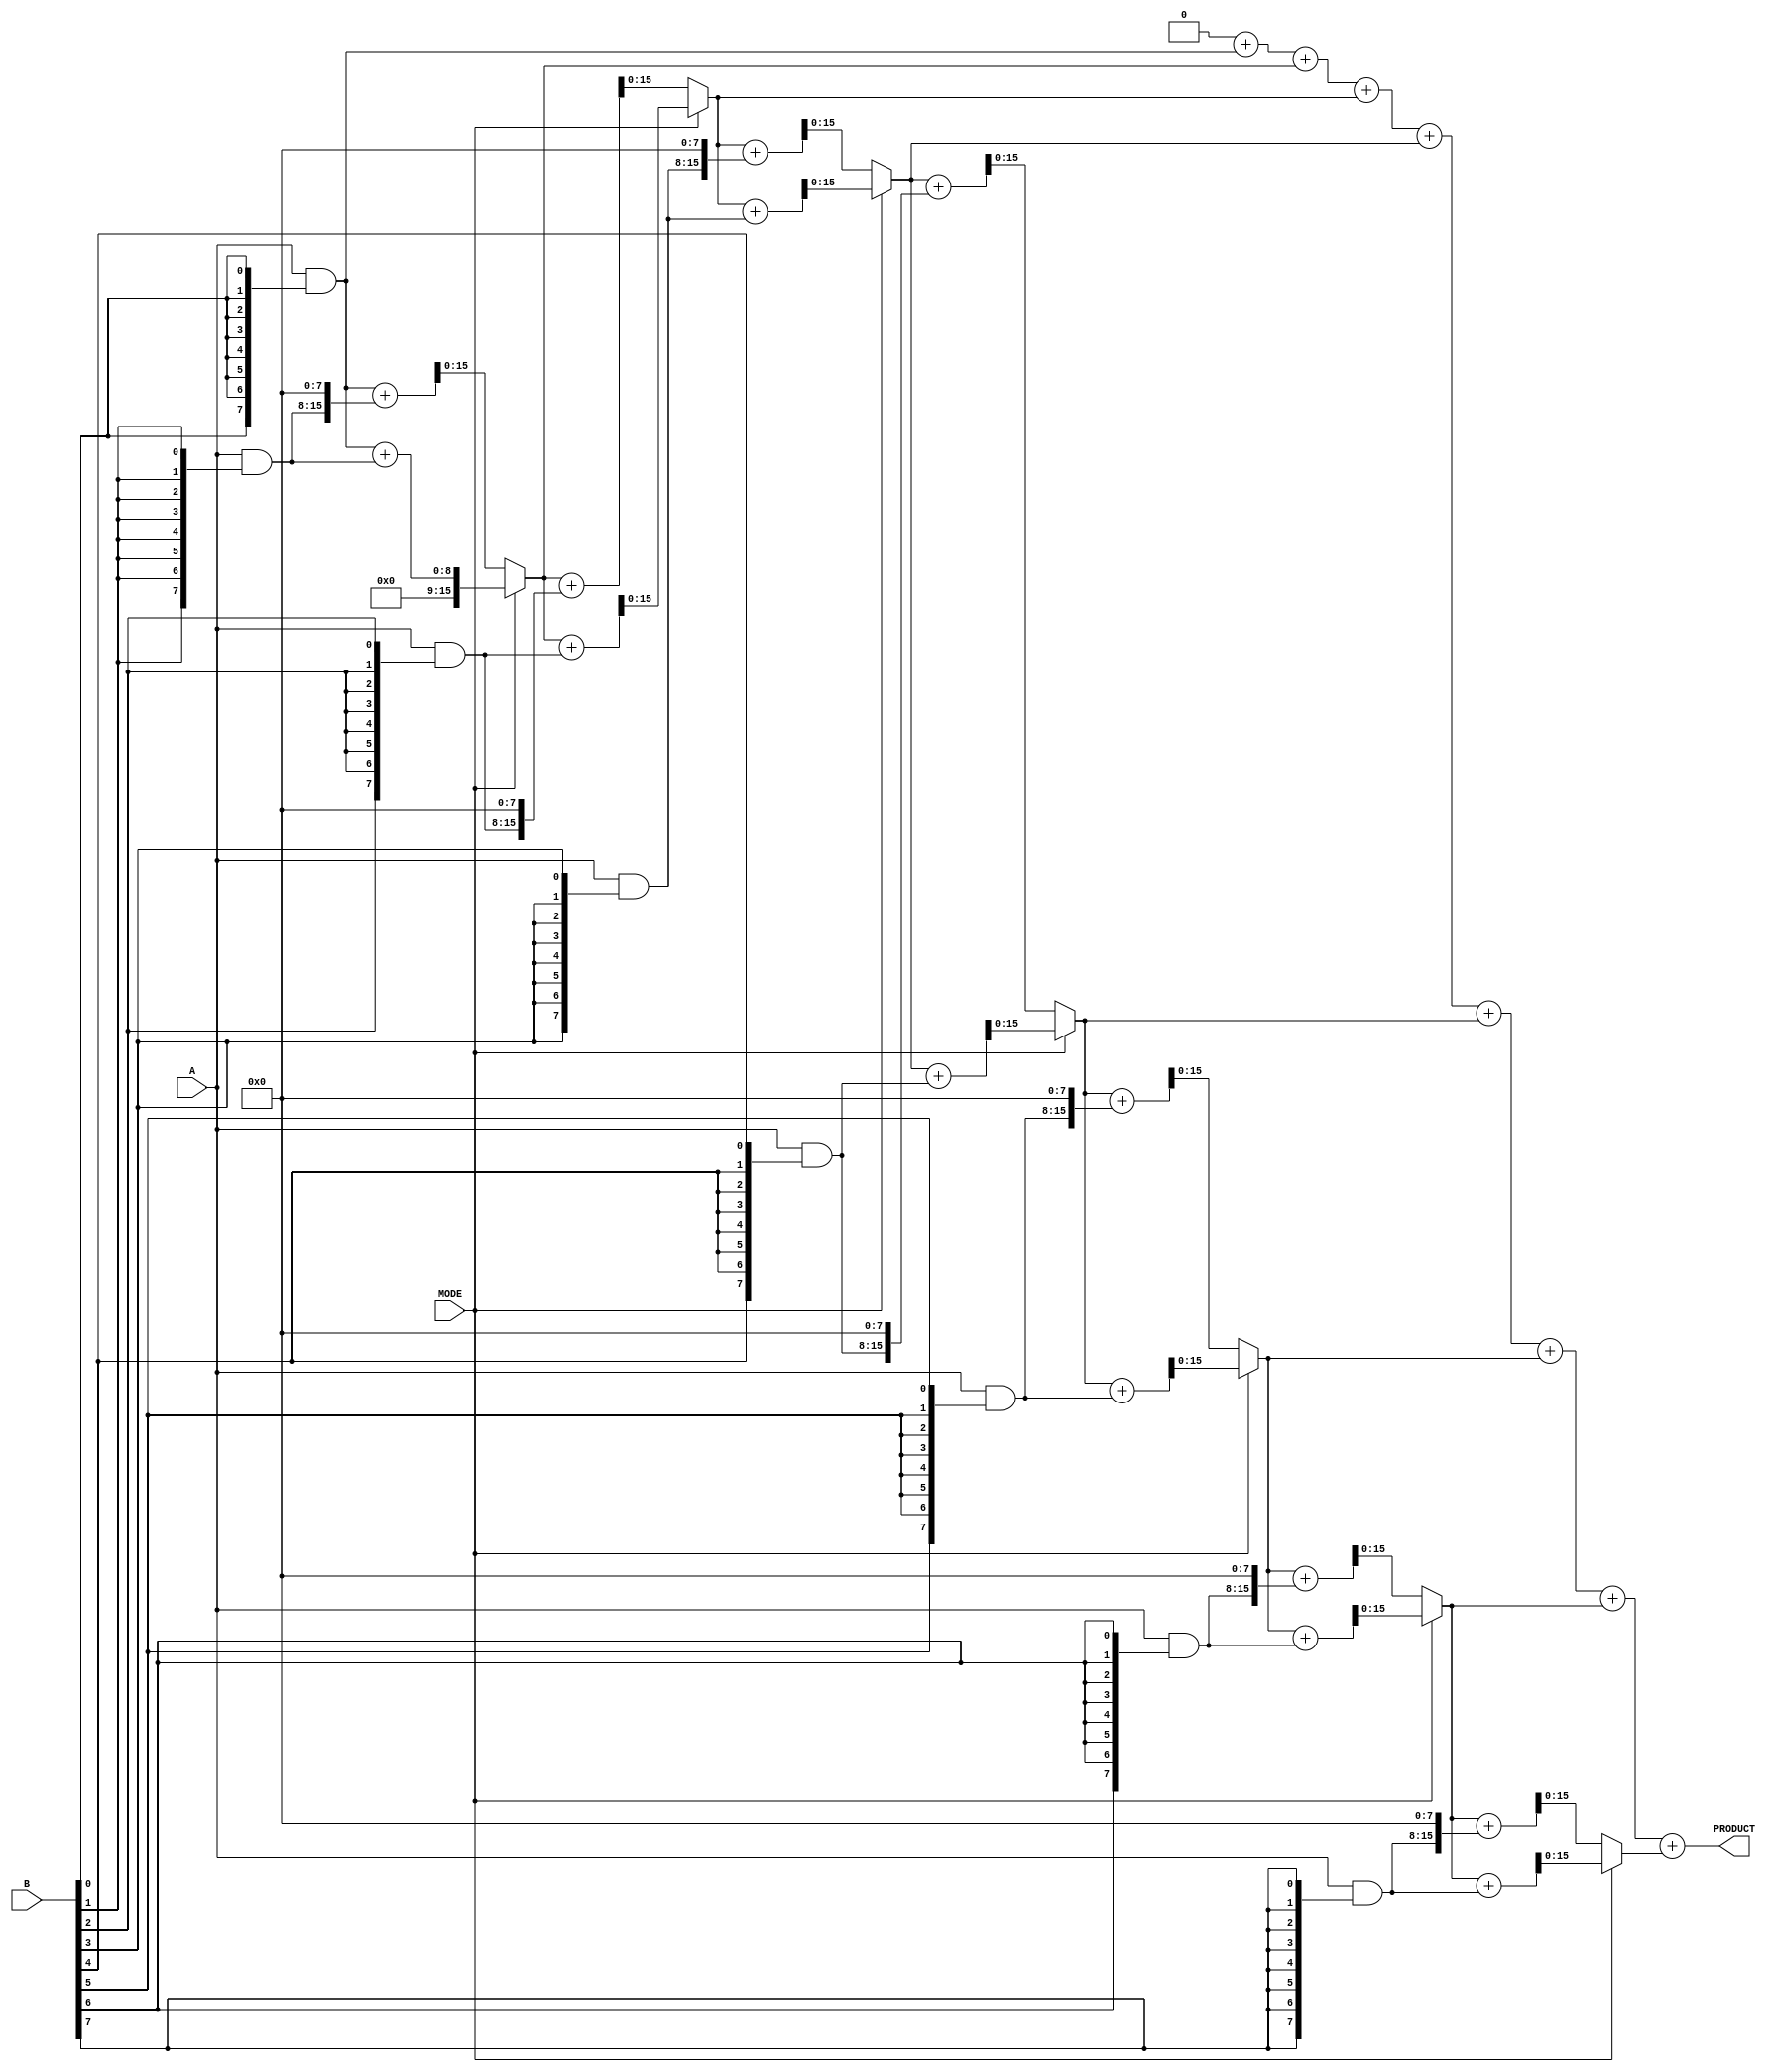
module DualModeWallaceTreeMultiplier #(
    parameter N = 8  // Width of the inputs A and B
)(
    input [N-1:0] A,
    input [N-1:0] B,
    input MODE,      // 0 for Low-Power, 1 for High-Speed
    output reg [2*N-1:0] PRODUCT
);

    // Generate partial products
    wire [N-1:0] pp [N-1:0];
    genvar i;
    generate 
        for (i = 0; i < N; i = i + 1) begin : pp_gen
            assign pp[i] = A & {N{B[i]}};
        end
    endgenerate

    // Wallace Tree Reduction
    wire [2*N-1:0] sum [N-1:0]; 
    wire [N-1:0] carry [N-1:0]; 
    // Assuming we have enough stages for the Wallace reduction
    integer j;
    always @(*) begin
        // Initialize sum and carry
        for (j = 0; j < N; j = j + 1) begin
            sum[j] = 0;
            carry[j] = 0;
        end

        // Perform Wallace Tree reduction
        for (j = 0; j < N; j = j + 1) begin
            if (j == 0) begin
                sum[0] = pp[j];
            end else begin
                // Add in a way that depends on MODE
                if (MODE == 1'b1) begin  // High-Speed Mode
                    {carry[j], sum[j]} = sum[j-1] + pp[j];
                end else begin  // Low-Power Mode
                    // Use a simplified addition scheme
                    {carry[j], sum[j]} = sum[j-1] + {pp[j], {N{1'b0}}}; 
                end
            end
        end
    end

    // Final addition stage to combine the last sum and carry
    reg [2*N-1:0] final_sum;
    always @(*) begin
        final_sum = 0;
        for (j = 0; j < N; j = j + 1) begin
            final_sum = final_sum + {carry[j], sum[j]};
        end
        PRODUCT = final_sum;
    end

endmodule